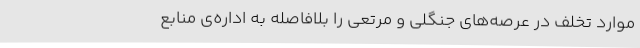
موارد تخلف در عرصه‌های جنگلی و مرتعی را بلافاصله به اداره‌ی منابع